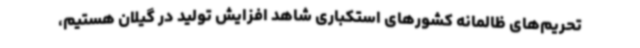
تحریم‌های ظالمانه کشورهای استکباری شاهد افزایش تولید در گیلان هستیم،